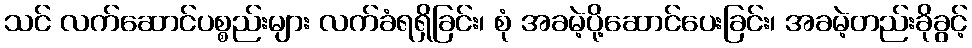
သင် လက်ဆောင်ပစ္စည်းများ လက်ခံရရှိခြင်း၊ စုံ အခမဲ့ပို့ဆောင်ပေးခြင်း၊ အခမဲ့တည်းခိုခွင့်